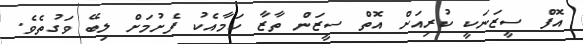
އޮފް ސީޒަނަކީ ކުރިއަށް އޮތް ސީޒަން ތާޒާ ކަމާއެކު ފެށުމަށް ލިބޭ ވަގުތެވެ.